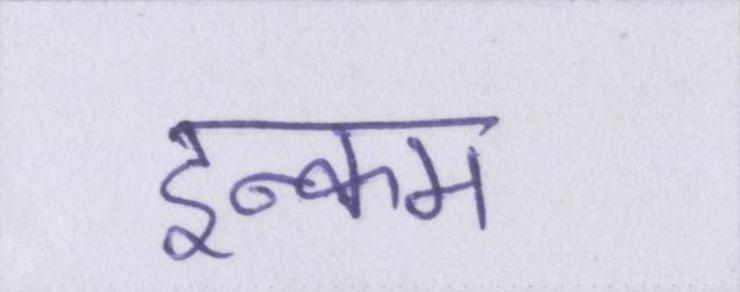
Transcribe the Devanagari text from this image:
इन्कम